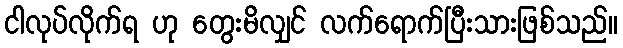
ငါလုပ်လိုက်ရ ဟု တွေးမိလျှင် လက်ရောက်ပြီးသားဖြစ်သည်။